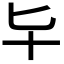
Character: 𠤏